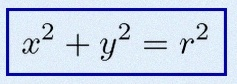
x^2+y^2=r^2